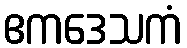
ဧကဒေသကံ